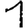
Digit: 1